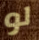
لو